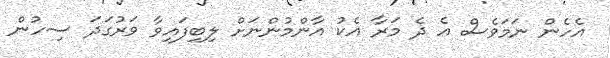
އެހެން ނަމަވެސް އެ ދެ މަރާ އެކު އާންމުންނަށް ލިބިފައިވާ ވަރުގަދަ ސިހުން